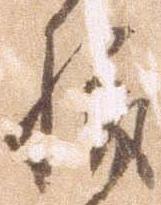
悦